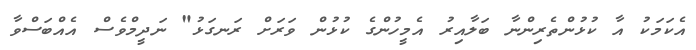
އެކަމަކު އާ ކުޅުންތެރިންނާ ބަލާއިރު އެމީހުންގެ ކުޅުން ވަރަށް ރަނގަޅު" ނަދީމްވެސް އެއްބަސްވާ